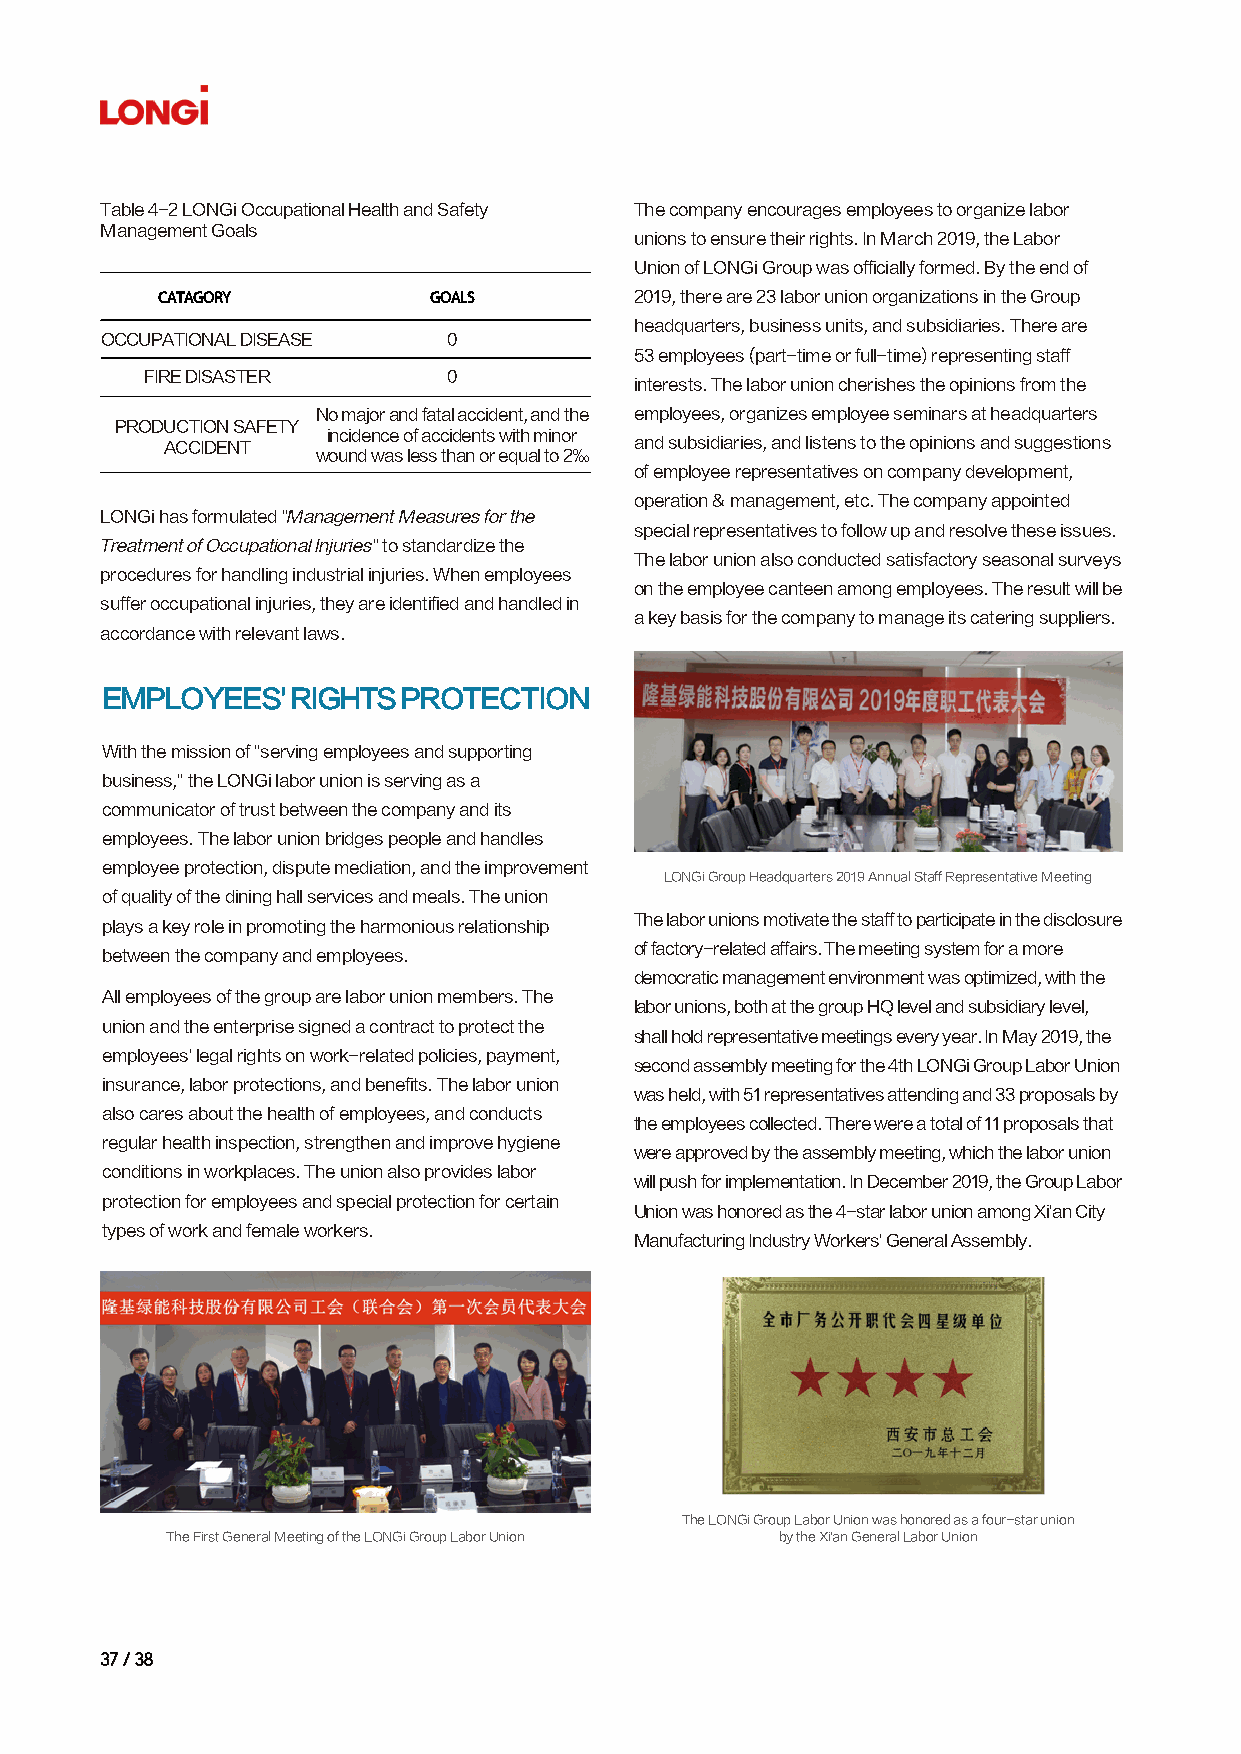
Table 4-2 LONGi Occupational Health and Safety The company encourages employees to organize labor
 Management Goals
 unions to ensure their rights. In March 2019, the Labor
 Union of LONGi Group was officially formed. By the end of
 CATAGORY          GOALS         2019, there are 23 labor union organizations in the Group
 headquarters, business units, and subsidiaries. There are
 OCCUPATIONAL DISEASE   0
 53 employees (part-time or full-time) representing staff
 FIRE DISASTER       0
 interests. The labor union cherishes the opinions from the
 No major and fatal accident, and the employees, organizes employee seminars at headquarters
 PRODUCTION SAFETY
 incidence of accidents with minor
 ACCIDENT                       and subsidiaries, and listens to the opinions and suggestions
 wound was less than or equal to 2‰
 of employee representatives on company development,
 operation & management, etc. The company appointed
 LONGi has formulated "Management Measures for the
 special representatives to follow up and resolve these issues.
 Treatment of Occupational Injuries" to standardize the
 The labor union also conducted satisfactory seasonal surveys
 procedures for handling industrial injuries. When employees
 on the employee canteen among employees. The result will be
 suffer occupational injuries, they are identified and handled in
 a key basis for the company to manage its catering suppliers.
 accordance with relevant laws.
 EMPLOYEES'  RIGHTS  PROTECTION
 With the mission of "serving employees and supporting
 business," the LONGi labor union is serving as a
 communicator of trust between the company and its
 employees. The labor union bridges people and handles
 employee protection, dispute mediation, and the improvement
 LONGi Group Headquarters 2019 Annual Staff Representative Meeting
 of quality of the dining hall services and meals. The union
 The labor unions motivate the staff to participate in the disclosure
 plays a key role in promoting the harmonious relationship
 of factory-related affairs. The meeting system for a more
 between the company and employees.
 democratic management environment was optimized, with the
 All employees of the group are labor union members. The
 labor unions, both at the group HQ level and subsidiary level,
 union and the enterprise signed a contract to protect the
 shall hold representative meetings every year. In May 2019, the
 employees' legal rights on work-related policies, payment,
 second assembly meeting for the 4th LONGi Group Labor Union
 insurance, labor protections, and benefits. The labor union
 was held, with 51 representatives attending and 33 proposals by
 also cares about the health of employees, and conducts
 the employees collected. There were a total of 11 proposals that
 regular health inspection, strengthen and improve hygiene
 were approved by the assembly meeting, which the labor union
 conditions in workplaces. The union also provides labor
 will push for implementation. In December 2019, the Group Labor
 protection for employees and special protection for certain
 Union was honored as the 4-star labor union among Xi'an City
 types of work and female workers.
 Manufacturing Industry Workers' General Assembly.
 The LONGi Group Labor Union was honored as a four-star union
 The First General Meeting of the LONGi Group Labor Union by the Xi'an General Labor Union
 3377 // 3388